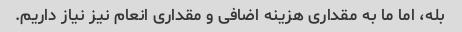
بله، اما ما به مقداری هزینه اضافی و مقداری انعام نیز نیاز داریم.